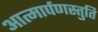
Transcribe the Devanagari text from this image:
आत्मार्पणस्तुति